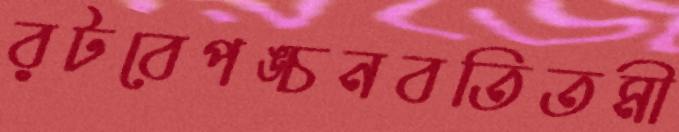
রটবেপঙ্চনবতিতমী